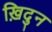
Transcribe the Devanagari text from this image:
ख़िदुन